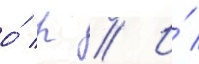
о́ р // И́